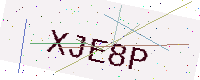
Text: XJE8P